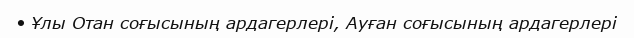
• Ұлы Отан cоғысының ардагерлері, Ауған соғысының ардагерлері